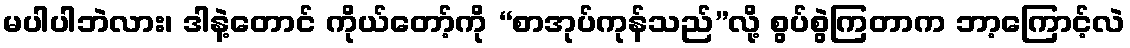
မပါပါဘဲလား၊ ဒါနဲ့တောင် ကိုယ်တော့်ကို “စာအုပ်ကုန်သည်”လို့ စွပ်စွဲကြတာက ဘာ့ကြောင့်လဲ